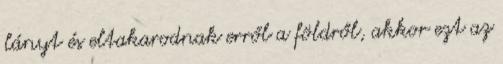
lányt és eltakarodnak erről a földről, akkor ezt az